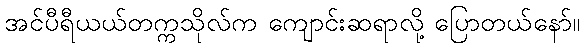
အင်ပီရီယယ်တက္ကသိုလ်က ကျောင်းဆရာလို့ ပြောတယ်နော်။